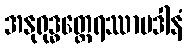
အနုရုဒ္ဓတ္ထေရဿာပဒါနံ